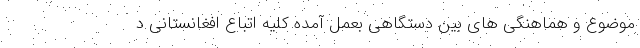
موضوع و هماهنگی های بین دستگاهی بعمل آمده کلیه اتباع افغانستانی د